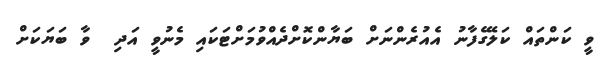
ވީ ކަންތައް ކަލޭގެފާނު އެއުރެންނަށް ބަޔާންކޮށްދެއްވުމަށްޓަކައި މެނުވީ އަދި  ވާ ބަޔަކަށް